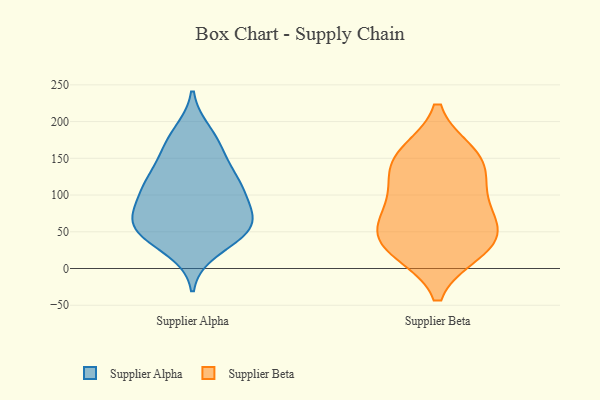
{"axis": {"x": "Shipments", "y": "Value"}, "legend": ["Supplier Alpha", "Supplier Beta"], "data": [{"x": "", "y": 97, "type": "Supplier Alpha"}, {"x": "", "y": 60, "type": "Supplier Alpha"}, {"x": "", "y": 184, "type": "Supplier Alpha"}, {"x": "", "y": 60, "type": "Supplier Alpha"}, {"x": "", "y": 117, "type": "Supplier Alpha"}, {"x": "", "y": 72, "type": "Supplier Alpha"}, {"x": "", "y": 47, "type": "Supplier Alpha"}, {"x": "", "y": 26, "type": "Supplier Alpha"}, {"x": "", "y": 171, "type": "Supplier Alpha"}, {"x": "", "y": 100, "type": "Supplier Alpha"}, {"x": "", "y": 61, "type": "Supplier Alpha"}, {"x": "", "y": 45, "type": "Supplier Alpha"}, {"x": "", "y": 61, "type": "Supplier Alpha"}, {"x": "", "y": 163, "type": "Supplier Alpha"}, {"x": "", "y": 111, "type": "Supplier Alpha"}, {"x": "", "y": 135, "type": "Supplier Alpha"}, {"x": "", "y": 120, "type": "Supplier Alpha"}, {"x": "", "y": 25, "type": "Supplier Beta"}, {"x": "", "y": 85, "type": "Supplier Beta"}, {"x": "", "y": 39, "type": "Supplier Beta"}, {"x": "", "y": 143, "type": "Supplier Beta"}, {"x": "", "y": 29, "type": "Supplier Beta"}, {"x": "", "y": 47, "type": "Supplier Beta"}, {"x": "", "y": 112, "type": "Supplier Beta"}, {"x": "", "y": 155, "type": "Supplier Beta"}, {"x": "", "y": 71, "type": "Supplier Beta"}, {"x": "", "y": 149, "type": "Supplier Beta"}]}